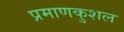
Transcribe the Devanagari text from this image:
प्रमाणकुशल